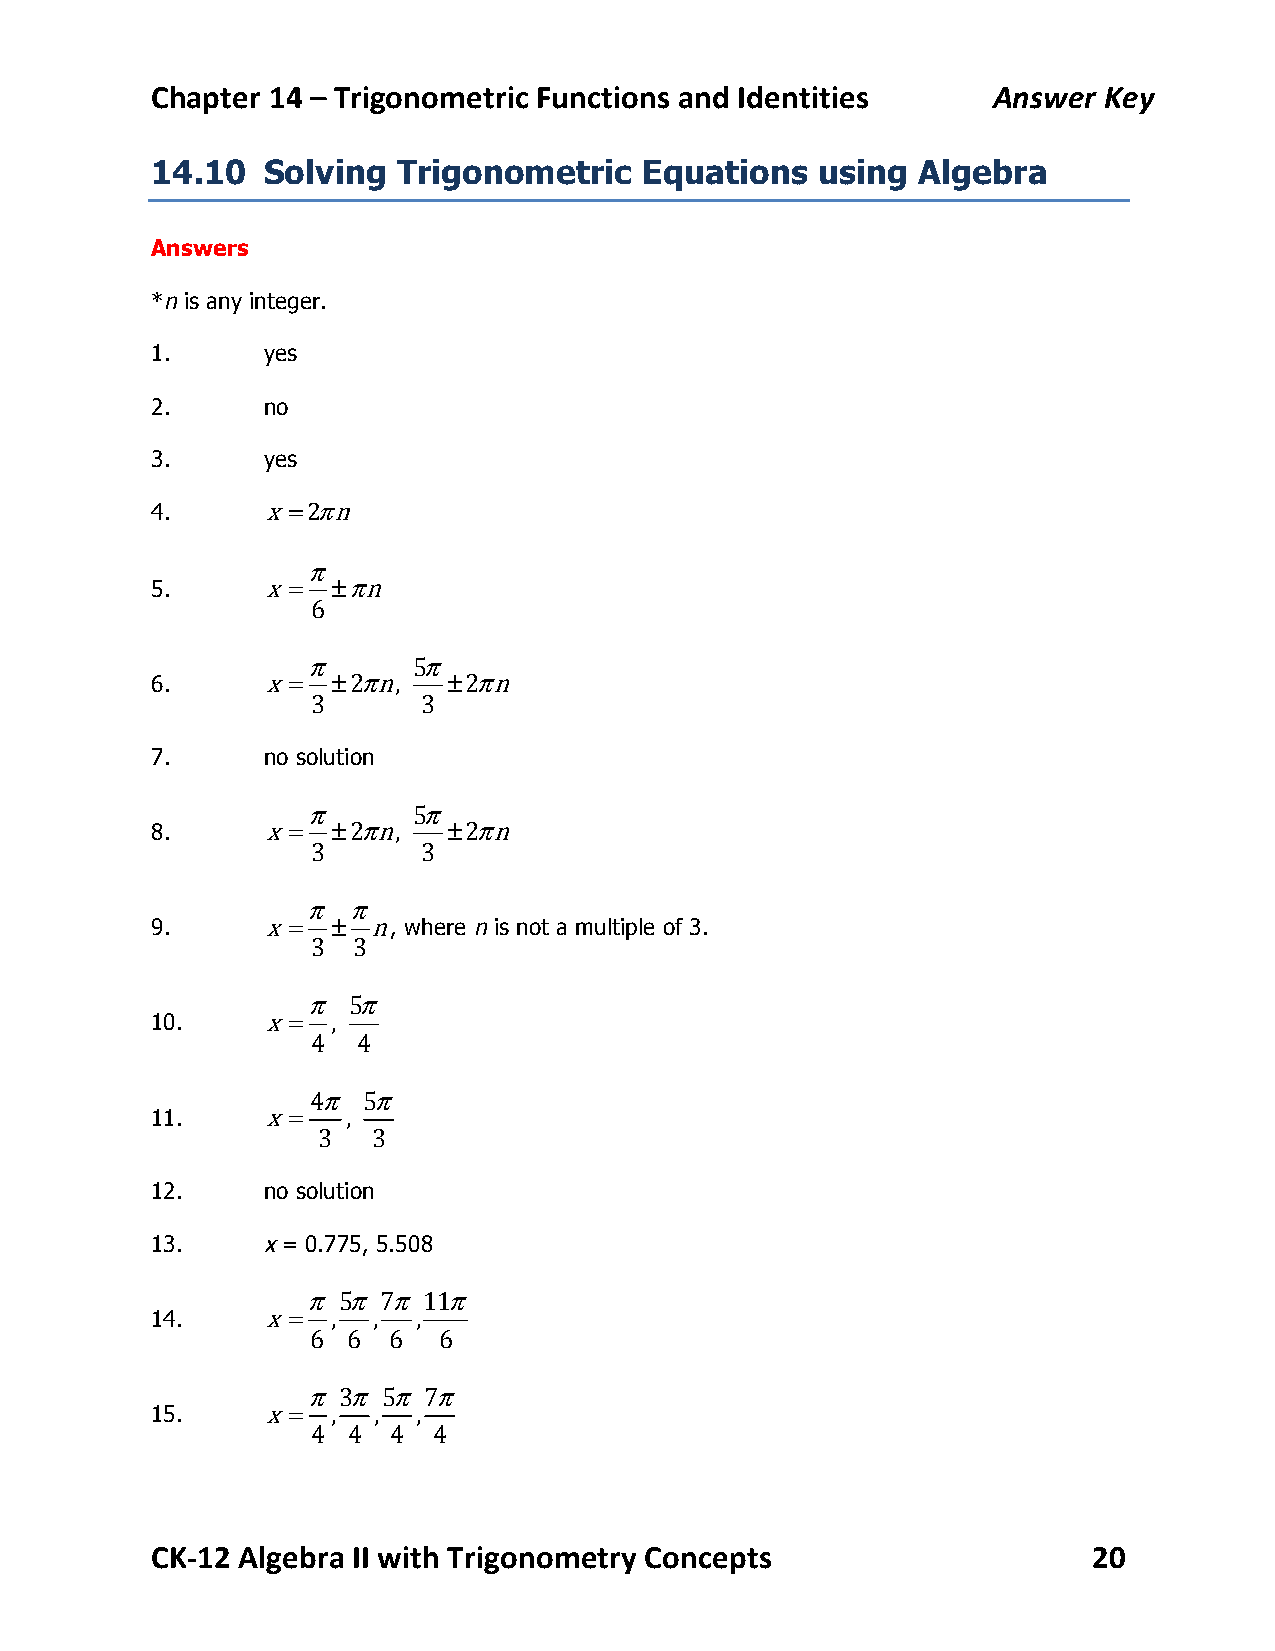
Chapter 14 – Trigonometric Functions and Identities     Answer Key
 14.10  Solving  Trigonometric    Equations  using  Algebra
 Answers
 *n is any integer.
 1.     yes
 2.     no
 3.     yes
 4.      x=2πn
 π
 5.      x=  ±πn
 6
 π      5π
 6.      x=  ±2πn,   ±2πn
 3      3
 7.     no solution
 π      5π
 8.      x=  ±2πn,   ±2πn
 3      3
 π  π
 9.      x=  ±  n, where n is not a multiple of 3.
 3 3
 π  5π
 10.     x=  ,
 4  4
 4π 5π
 11.     x=   ,
 3   3
 12.    no solution
 13.    x = 0.775, 5.508
 π 5π 7π 11π
 14.     x=  ,  ,  ,
 6 6  6  6
 π 3π 5π 7π
 15.     x=  ,  ,  ,
 4 4  4  4
 CK-­‐12 Algebra II with Trigonometry Concepts                 20